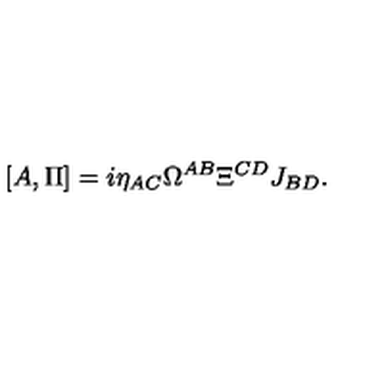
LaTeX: [ A , \Pi ] = i \eta _ { A C } \Omega ^ { A B } \Xi ^ { C D } J _ { B D } .